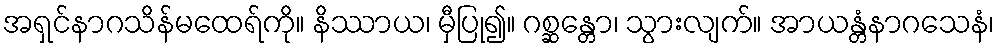
အရှင်နာဂသိန်မထေရ်ကို။ နိဿာယ၊ မှီပြု၍။ ဂစ္ဆန္တော၊ သွားလျက်။ အာယန္တံနာဂသေနံ၊